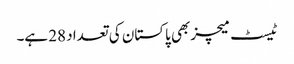
ٹیسٹ میچز بھی پاکستان کی تعداد 28 ہے۔